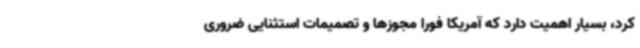
کرد، بسیار اهمیت دارد که آمریکا فورا مجوزها و تصمیمات استثنایی ضروری